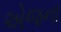
એજના